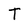
Character: T